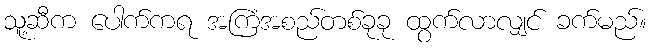
သူ့ဆီက ပေါက်ကရ အကြံအစည်တစ်ခုခု ထွက်လာလျှင် ခက်မည်။